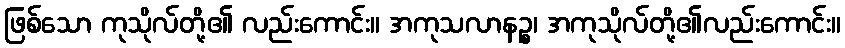
ဖြစ်သော ကုသိုလ်တို့၏ လည်းကောင်း။ အကုသလာနဉ္စ၊ အကုသိုလ်တို့၏လည်းကောင်း။